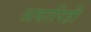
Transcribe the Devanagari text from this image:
अद्यापिही